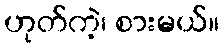
ဟုတ်ကဲ့၊ စားမယ်။